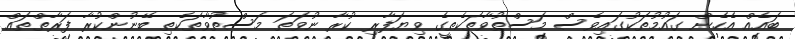
ބައެއް އެހެން ގައުމުތަކުގައިވެސް މަސްތުވާތަކެތީގެ ވިޔަފާރި ކުރާ ނުވަތަ މަސްތުވާތަކެތި ބޭނުންކުރާ ފަރާތްތައް